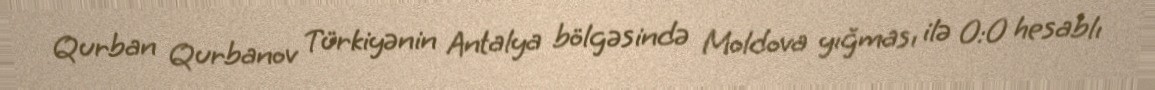
Qurban Qurbanov Türkiyənin Antalya bölgəsində Moldova yığması ilə 0:0 hesablı